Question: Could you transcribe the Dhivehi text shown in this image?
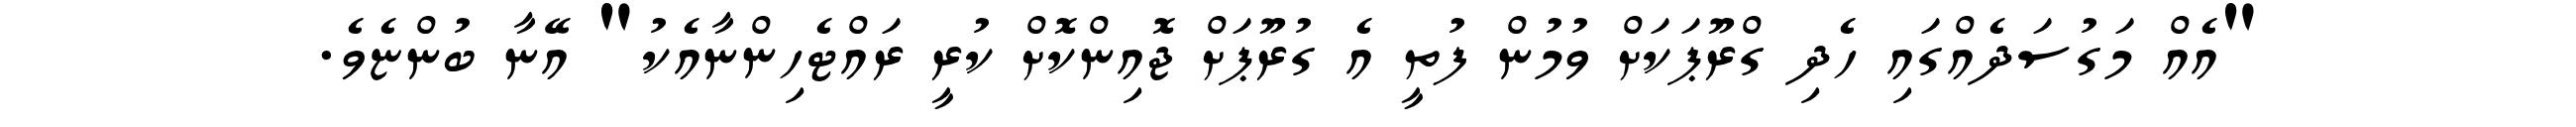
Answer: "އެއް މަގުސަދެއްގައި ހެދި ގްރޫޕަކަށް ވުމުން ފުތީ އެ ގުރޫޕަށް ޖޮއިންކޮށް ކުރީ ރައްޓެހިންނާއެކު" އޭނާ ބުންޏެވެ.